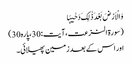
وَ الْاَرْضَ بَعْدَ ذٰلِکَ دَحٰیہَا
(سورۃ النزعت،آیت:30،پارہ30)
اور اس کے بعدزمین پھیلائی۔